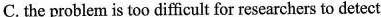
C.the problem is too difficult for researchers to detect